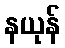
နယုန်